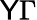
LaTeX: \mathsf{Y}\Gamma